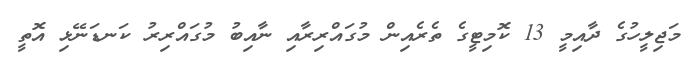
މަޖިލީހުގެ ދާއިމީ 13 ކޮމިޓީގެ ތެރެއިން މުގައްރިރާއި ނާއިބު މުގައްރިރު ކަނޑަނޭޅި އޮތީ